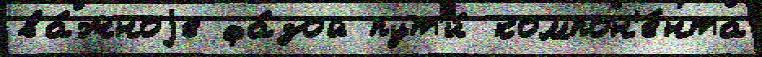
ва́жноjе фа́зой пут'и́ компон'е́нта